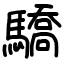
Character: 驕